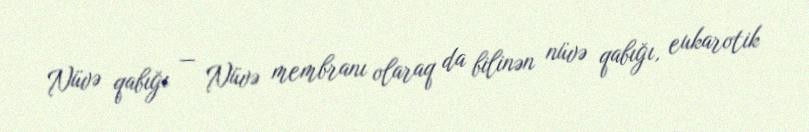
Nüvə qabığı — Nüvə membranı olaraq da bilinən nüvə qabığı, eukarotik